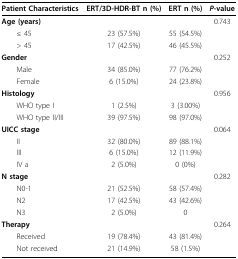
<table><thead><tr><td><b>Patient Characteristics</b></td><td><b>ERT/3D-HDR-BT n (%)</b></td><td><b>ERT n (%)</b></td><td><b><i>P</i>-value</b></td></tr></thead><tbody><tr><td><b>Age (years)</b></td><td></td><td></td><td>0.743</td></tr><tr><td> ≤ 45</td><td>23 (57.5%)</td><td>55 (54.5%)</td><td></td></tr><tr><td> &gt; 45</td><td>17 (42.5%)</td><td>46 (45.5%)</td><td></td></tr><tr><td><b>Gender</b></td><td></td><td></td><td>0.252</td></tr><tr><td> Male</td><td>34 (85.0%)</td><td>77 (76.2%)</td><td></td></tr><tr><td> Female</td><td>6 (15.0%)</td><td>24 (23.8%)</td><td></td></tr><tr><td><b>Histology</b></td><td></td><td></td><td>0.956</td></tr><tr><td> WHO type I</td><td>1 (2.5%)</td><td>3 (3.00%)</td><td></td></tr><tr><td> WHO type II/III</td><td>39 (97.5%)</td><td>98 (97.0%)</td><td></td></tr><tr><td><b>UICC stage</b></td><td></td><td></td><td>0.064</td></tr><tr><td> II</td><td>32 (80.0%)</td><td>89 (88.1%)</td><td></td></tr><tr><td> III</td><td>6 (15.0%)</td><td>12 (11.9%)</td><td></td></tr><tr><td> IV a</td><td>2 (5.0%)</td><td>0 (0%)</td><td></td></tr><tr><td><b>N stage</b></td><td></td><td></td><td>0.282</td></tr><tr><td> N0-1</td><td>21 (52.5%)</td><td>58 (57.4%)</td><td></td></tr><tr><td> N2</td><td>17 (42.5%)</td><td>43 (42.6%)</td><td></td></tr><tr><td> N3</td><td>2 (5.0%)</td><td>0</td><td></td></tr><tr><td><b>Therapy</b></td><td></td><td></td><td>0.264</td></tr><tr><td> Received</td><td>19 (78.4%)</td><td>43 (81.4%)</td><td></td></tr><tr><td> Not received</td><td>21 (14.9%)</td><td>58 (1.5%)</td><td></td></tr></tbody></table>